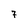
Character: 7